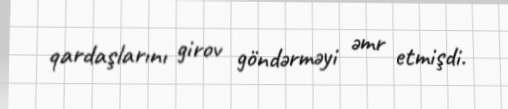
qardaşlarını girov göndərməyi əmr etmişdi.